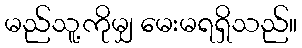
မည်သူ့ကိုမျှ မေးမရရှိသည်။